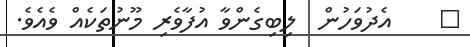
٨    އެދުވަހުން  ލިބިގެންވާ އުފާވެރި މޫނުތަކެއް ވެއެވެ.